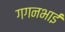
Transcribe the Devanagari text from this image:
गगनभाई